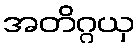
အတိဂ္ဂယှ